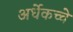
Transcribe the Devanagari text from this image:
अर्धेकच्चे